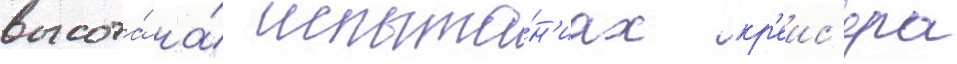
высота́ на́ испыта́н'иах кр'еис'ера